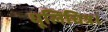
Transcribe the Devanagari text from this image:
धूलिचित्र।